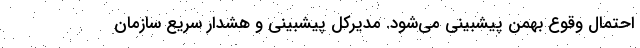
احتمال وقوع بهمن پیشبینی می‌شود. مدیرکل پیشبینی و هشدار سریع سازمان